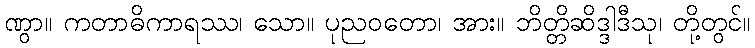
ဏွာ။ ကတာဓိကာရဿ၊ သော။ ပုညဝတော၊ အား။ ဘိတ္တိဆိဒ္ဒါဒီသု၊ တို့တွင်။